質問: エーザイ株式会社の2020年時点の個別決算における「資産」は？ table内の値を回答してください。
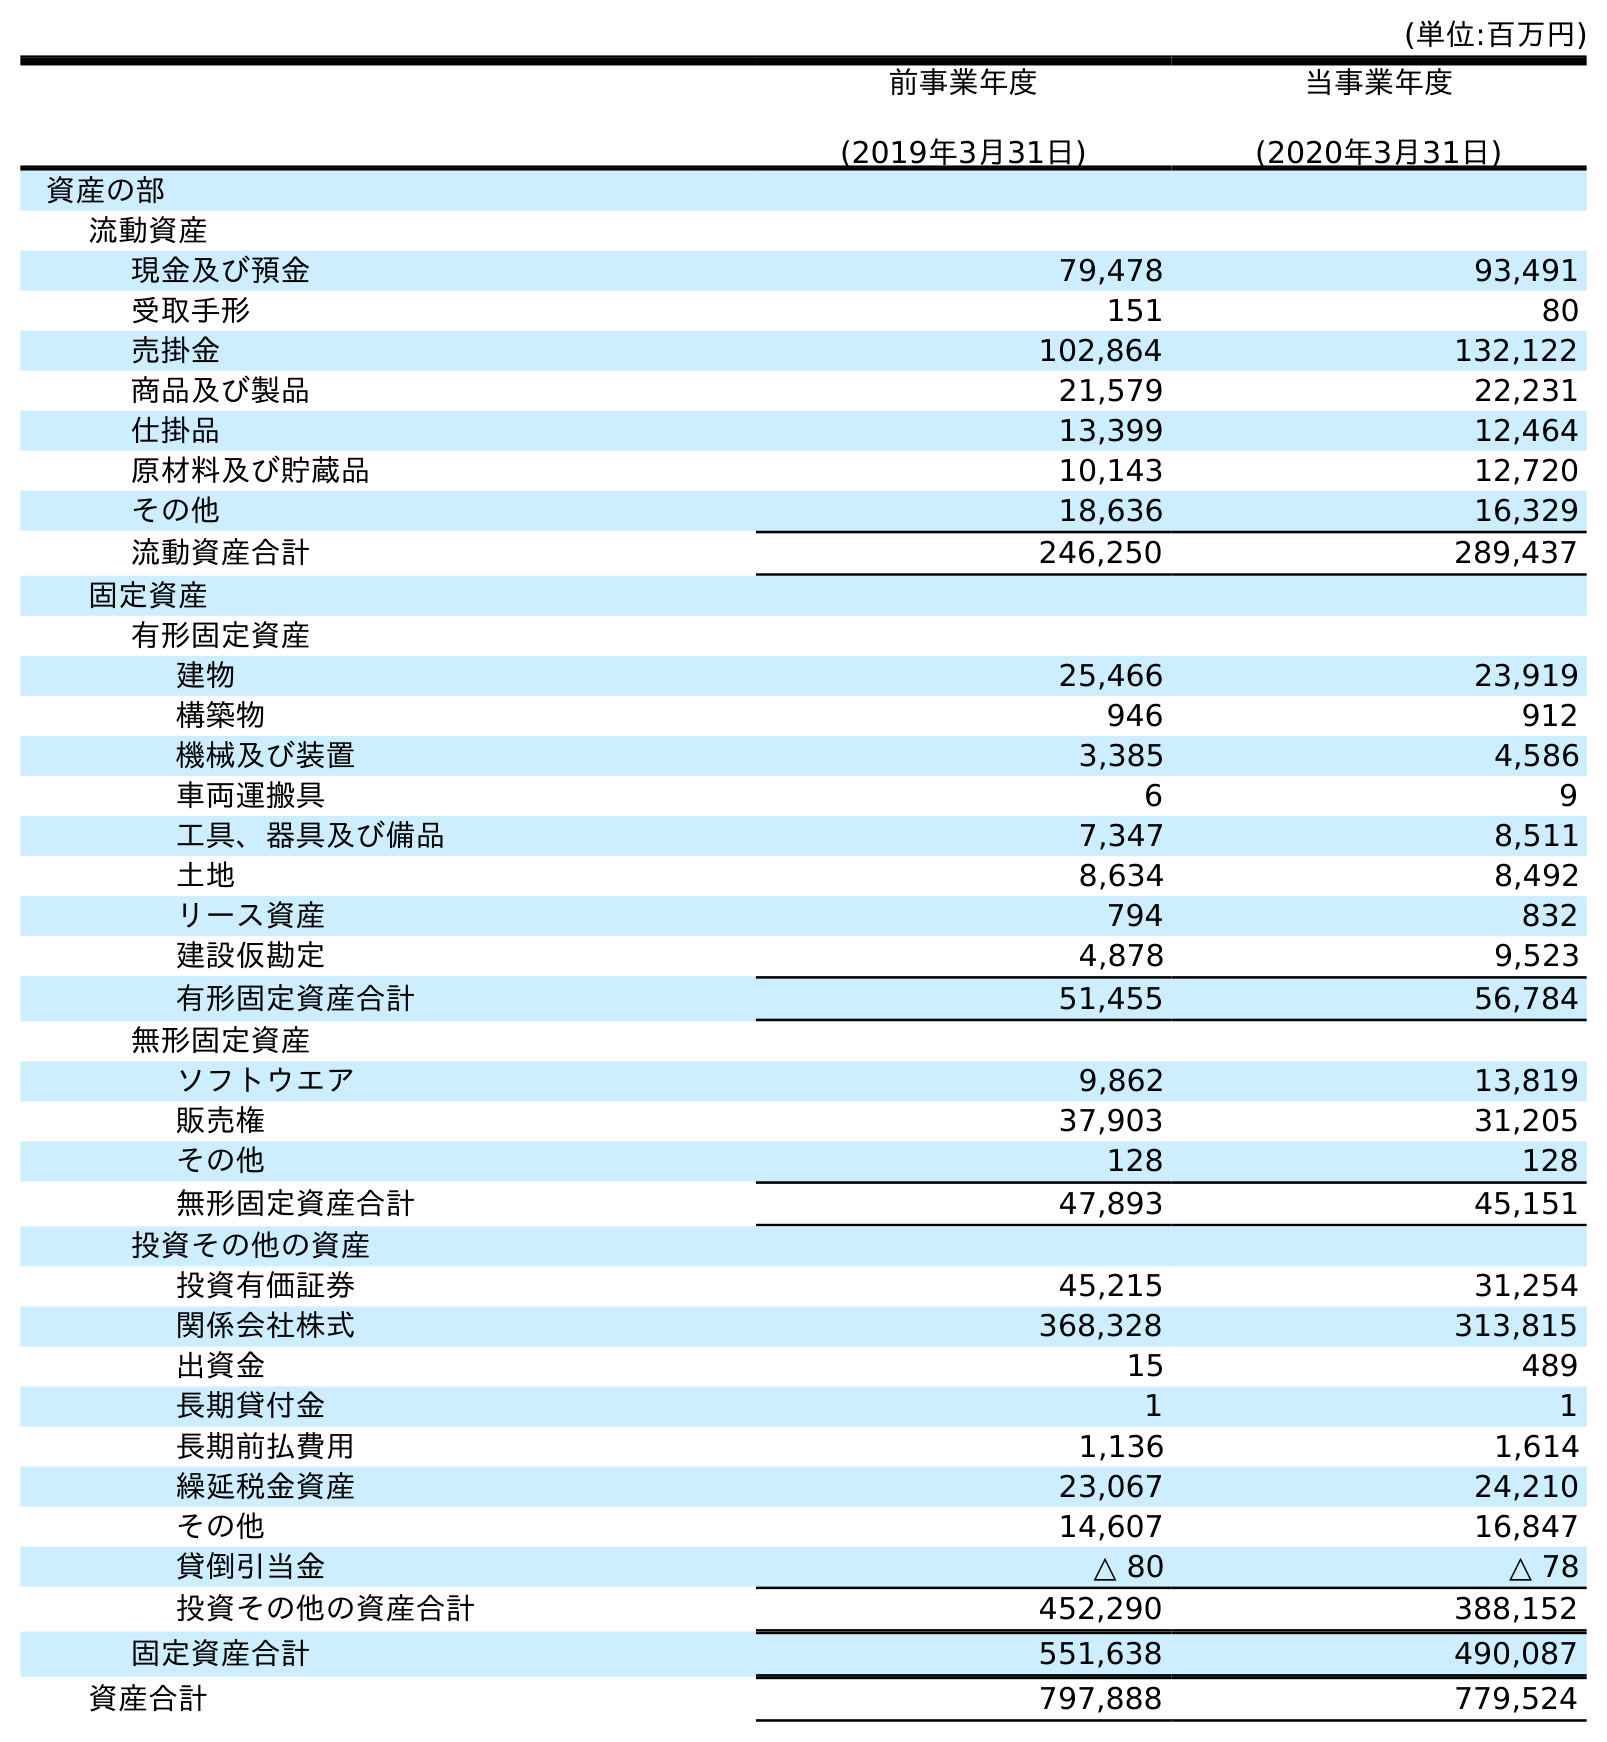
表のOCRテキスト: (単位:百万円) 前事業年度 (2019年3月31日) 当事業年度 (2020年3月31日) 資産の部 流動資産 現金及び預金 79,478 93,491 受取手形 151 80 売掛金 102,864 132,122 商品及び製品 21,579 22,231 仕掛品 13,399 12,464 原材料及び貯蔵品 10,143 12,720 その他 18,636 16,329 流動資産合計 246,250 289,437 固定資産 有形固定資産 建物 25,466 23,919 構築物 946 912 機械及び装置 3,385 4,586 車両運搬具 6 9 工具、器具及び備品 7,347 8,511 土地 8,634 8,492 リース資産 794 832 建設仮勘定 4,878 9,523 有形固定資産合計 51,455 56,784 無形固定資産 ソフトウエア 9,862 13,819 販売権 37,903 31,205 その他 128 128 無形固定資産合計 47,893 45,151 投資その他の資産 投資有価証券 45,215 31,254 関係会社株式 368,328 313,815 出資金 15 489 長期貸付金 1 1 長期前払費用 1,136 1,614 繰延税金資産 23,067 24,210 その他 14,607 16,847 貸倒引当金 △ 80 △ 78 投資その他の資産合計 452,290 388,152 固定資産合計 551,638 490,087 資産合計 797,888 779,524
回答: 779,524